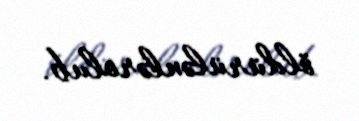
öldürülənlərolub.